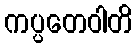
ကပ္ပတေဝါတိ